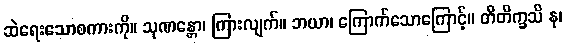
ဆဲရေးသောစကားကို။ သုဏန္တော၊ ကြားလျက်။ ဘယာ၊ ကြောက်သောကြောင့်။ တိတိက္ခသိ နု၊